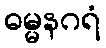
ဓမ္မနဂရံ